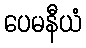
ပေမနီယံ